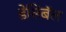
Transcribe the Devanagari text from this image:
डेसिबॅल